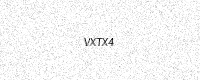
Text: VXTX4